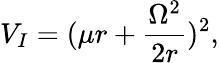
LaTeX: V_{I}=(\mu r+\frac{\Omega^{2}}{2r})^{2},